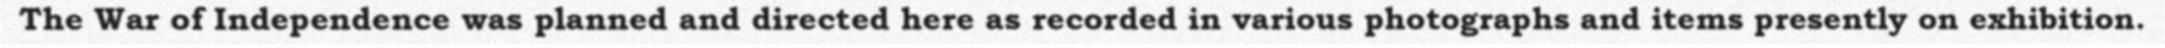
The War of Independence was planned and directed here as recorded in various photographs and items presently on exhibition.